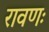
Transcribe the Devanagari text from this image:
रावणः